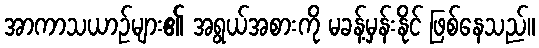
အာကာသယာဉ်များ၏ အရွယ်အစားကို မခန့်မှန်းနိုင် ဖြစ်နေသည်။